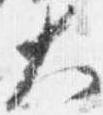
大